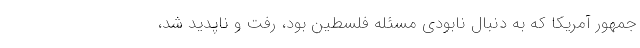
جمهور آمریکا که به دنبال نابودی مسئله فلسطین بود، رفت و ناپدید شد،